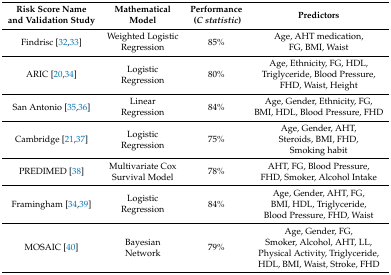
<table><thead><tr><td><b>Risk Score Name and Validation Study</b></td><td><b>Mathematical Model</b></td><td><b>Performance (<i>C statistic</i>)</b></td><td><b>Predictors</b></td></tr></thead><tbody><tr><td>Findrisc [32,33]</td><td>Weighted Logistic Regression</td><td>85%</td><td>Age, AHT medication, FG, BMI, Waist</td></tr><tr><td>ARIC [20,34]</td><td>Logistic Regression</td><td>80%</td><td>Age, Ethnicity, FG, HDL, Triglyceride, Blood Pressure, FHD, Waist, Height</td></tr><tr><td>San Antonio [35,36]</td><td>Linear Regression</td><td>84%</td><td>Age, Gender, Ethnicity, FG, BMI, HDL, Blood Pressure, FHD</td></tr><tr><td>Cambridge [21,37]</td><td>Logistic Regression</td><td>75%</td><td>Age, Gender, AHT, Steroids, BMI, FHD, Smoking habit</td></tr><tr><td>PREDIMED [38]</td><td>Multivariate Cox Survival Model</td><td>78%</td><td>AHT, FG, Blood Pressure, FHD, Smoker, Alcohol Intake</td></tr><tr><td>Framingham [34,39]</td><td>Logistic Regression</td><td>84%</td><td>Age, Gender, AHT, FG, BMI, HDL, Triglyceride, Blood Pressure, FHD, Waist</td></tr><tr><td>MOSAIC [40]</td><td>Bayesian Network</td><td>79%</td><td>Age, Gender, FG, Smoker, Alcohol, AHT, LL, Physical Activity, Triglyceride, HDL, BMI, Waist, Stroke, FHD</td></tr></tbody></table>